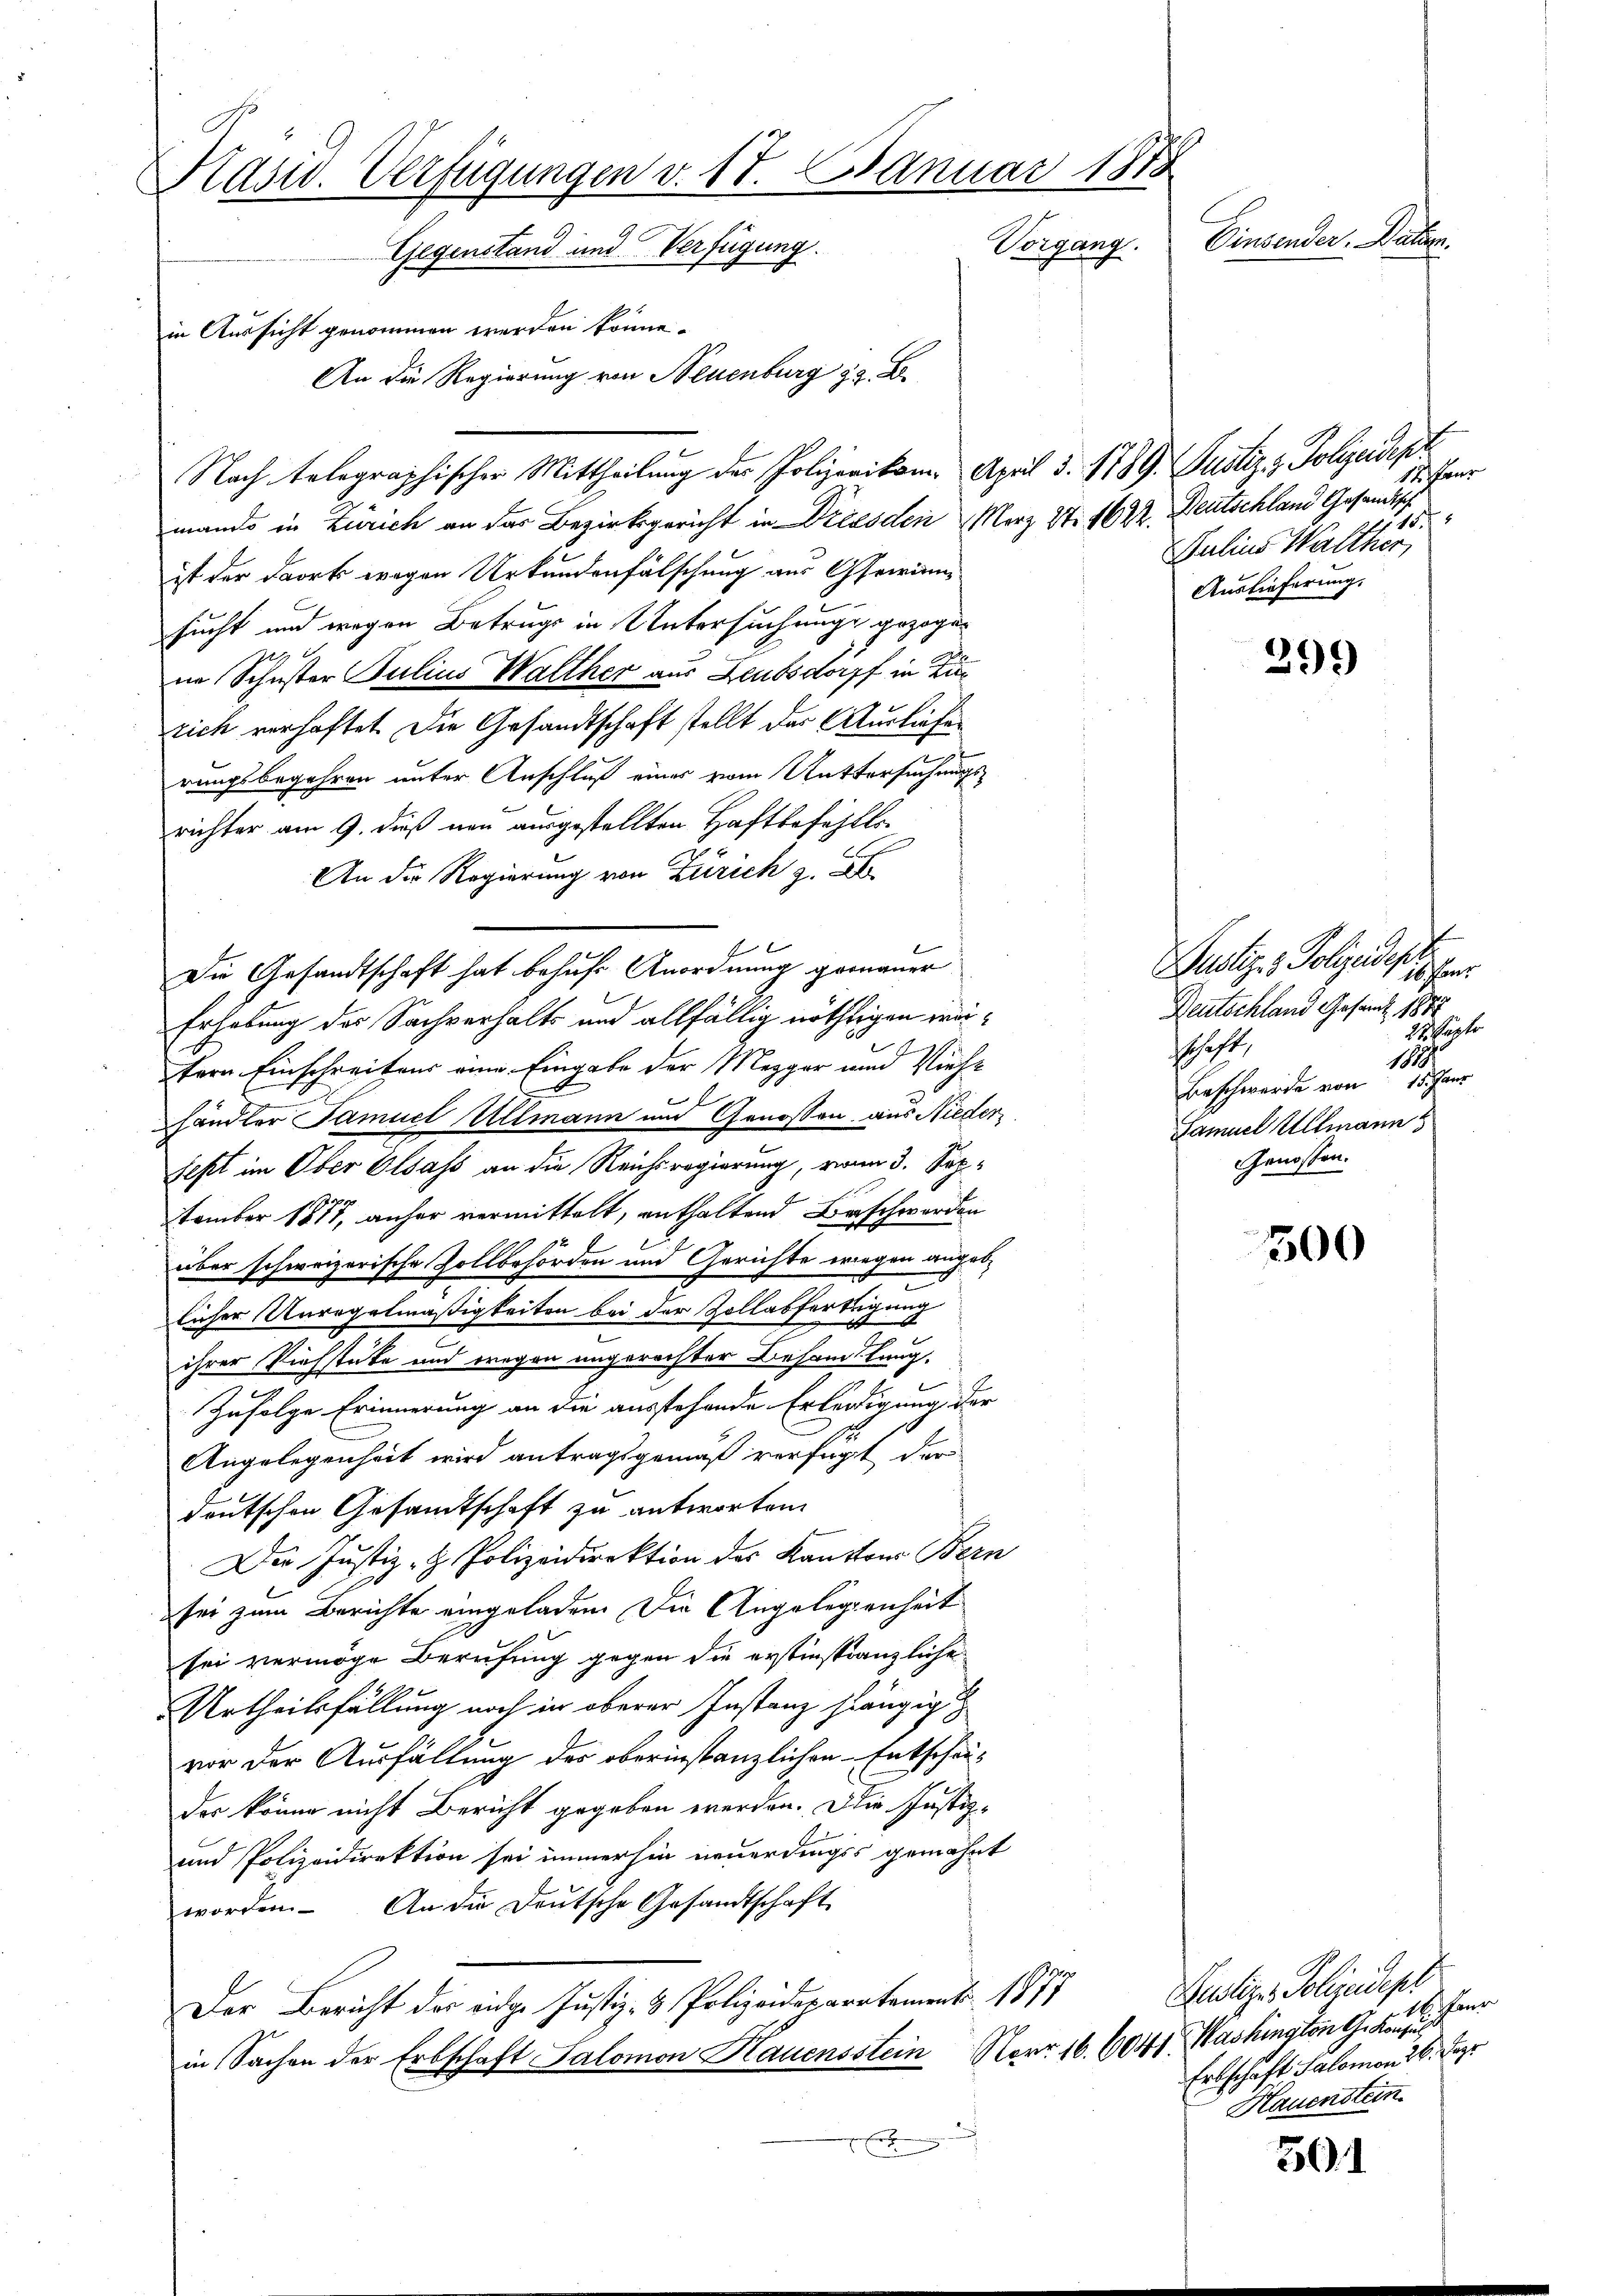
Präsid. Verfügungen v. 17. Januar 1878
Einsender Dauern.
Korgang.
Gegenstand und Verfügung.
in Aussicht genommen werden könne.
An die Regierung von Neuenburg z. B.

Nach telegraphischer Mittheilung der Polizeikam. April §. 1789. Justiz & Polizeidept
mando in Zürich an der Bezirksgericht in Dresden Merz S. 1622. Deutschland Gesandtsch
ist der dort wegen Urkundenfälschung aus Gewinn
sucht und wegen Betrugs in Untersuchung gezoge¬
 2.
in Schuster Julius Walther aus Leubsdorff in Zurich verhaftet. Die Gesandtschaft stellt das Ausliefe
rungsbegehren unter Anschluß eines vom Rittersuchungs
richter am 9. dieß neu ausgestellten Haftbefehlte
An die Regierung von Zürich z. B
x
Erhebung des Sachverhalts und allfällig nöthigen mötern Einschreitens eine Eingabe der Mezger und Viehe
händler Samuel Ullmann und Genossen aus Nieder
sest im Ober Olsass an die Reichsregierung, von 3. September 1871, anher vermittelt, enthaltend Beschwerden
über schweizerische Zollbehörden und Gerichte wiegen angebe
licher Unregelmäßigkeiten bei der Zollabfertigung

ihrer Viehstücke und wegen ungerechter Behandlung.
Zufolge Erinnerung an die ausstehende Erledigung der
Angelegenheit wird antragsgemäß verfügt der
deutschen Gesandtschaft zu antworten.
Der Justiz- & Polizeidirektion des Kantons Bern
sei zum Berichte eingeladen. Die Angelegenheit
sei vermöge Berufung gegen die erstinstanzliche
f
Urtheilsfällung noch in oberer Instanz hängig
vor der Ausfällung des oberinstanzlichen Entschauder könne nicht Bericht gegeben werden. Die Justiz-
und Polizeidirektion sei immerhin neuerdings gemahnt
worden. An die Deutsche Gesandtschaft
Der Bericht der eidge Justiz- & Polizeideparatament. 1877
in Sachen der Erbschaft Salomon Hauensstein Narr 16. 604. Washington G. Konsul
s

Die Gesandtschaft hat behufs Anordnung gronauer

Pens
14
Julius Walther,
Auslieferung.

ustiz & Polizeidepa
16 für
Deutschland Gesand 1888
27. Septer
schaft
1889
Beschwerde von 15. Janr
Samuel Ullmann
Genossen.

Hudliger Polizeidepl
16. Feur
Ertschaft alemen die er
Hauenstein

399

500

501